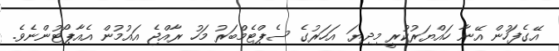
އޭގެފަހުން އޭނާ ހައްޔަރުކުރީ މިދިޔަ އަހަރުގެ ސެޕްޓެމްބަރު މަހު ރާއްޖެ އައުމުން އެއާޕޯޓުންނެވެ.